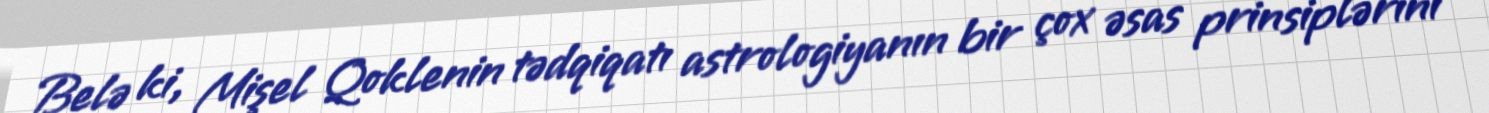
Belə ki, Mişel Qoklenin tədqiqatı astrologiyanın bir çox əsas prinsiplərini ,